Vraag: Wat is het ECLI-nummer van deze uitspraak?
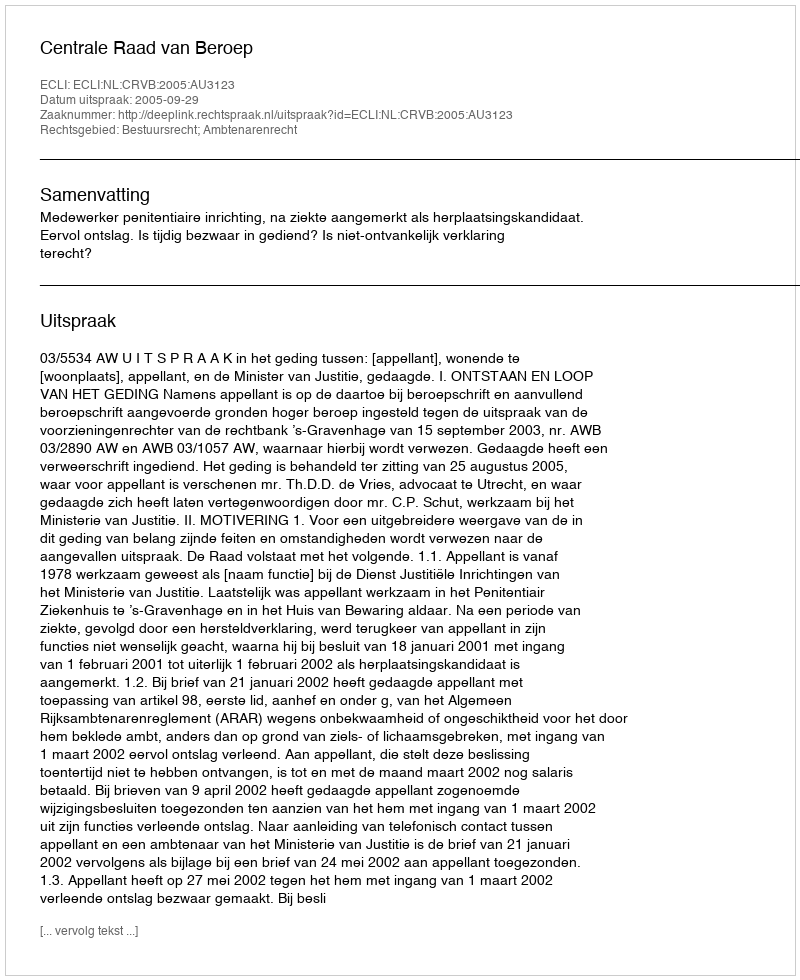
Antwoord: ECLI:NL:CRVB:2005:AU3123